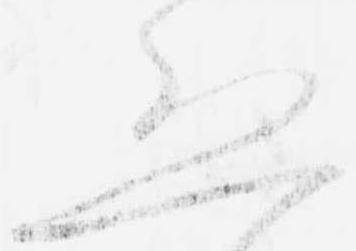
恐